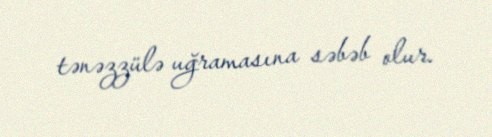
tənəzzülə uğramasına səbəb olur.